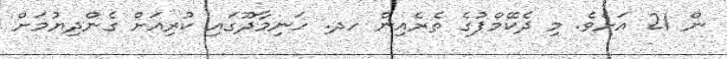
ން 21 އަށެވެ. މި ދެކޭމްޕުގެ ތެރެއިން ހދ. ހަނިމާދޫގައި ކުރިއަށް ގެންދިޔުމަށް